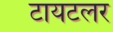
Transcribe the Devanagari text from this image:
टायटलर